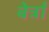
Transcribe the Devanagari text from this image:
बेर्त्रां